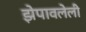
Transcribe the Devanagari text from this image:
झेपावलेली